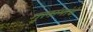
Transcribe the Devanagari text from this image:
गुलांमांचे